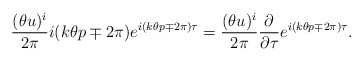
\begin{align*}\frac{(\theta u)^i}{2 \pi} i ( k \theta p \mp 2 \pi )e^{i (k \theta p \mp 2 \pi) \tau}= \frac{(\theta u)^i}{2 \pi}\frac{\partial}{\partial \tau}e^{i (k \theta p \mp 2 \pi) \tau}.\end{align*}